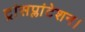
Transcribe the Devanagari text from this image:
ट्रांसप्लांटेशन।